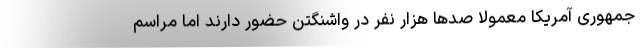
جمهوری آمریکا معمولا صدها هزار نفر در واشنگتن حضور دارند اما مراسم